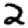
Digit: 2